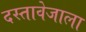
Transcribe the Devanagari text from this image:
दस्तावेजाला